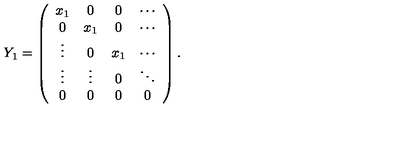
Y _ { 1 } = \left( \begin{array} { c c c c } { x _ { 1 } } & { 0 } & { 0 } & { \cdots } \\ { 0 } & { x _ { 1 } } & { 0 } & { \cdots } \\ { \vdots } & { 0 } & { x _ { 1 } } & { \cdots } \\ { \vdots } & { \vdots } & { 0 } & { \ddots } \\ { 0 } & { 0 } & { 0 } & { 0 } \\ \end{array} \right) .